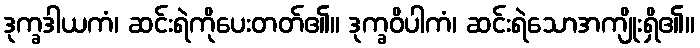
ဒုက္ခဒါယကံ၊ ဆင်းရဲကိုပေးတတ်၏။ ဒုက္ခဝိပါကံ၊ ဆင်းရဲသောအကျိုးရှိ၏။